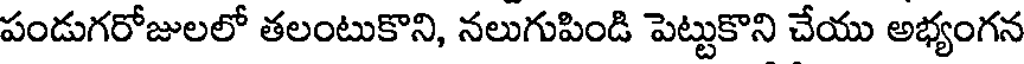
పండుగరోజులలో తలంటుకొని, నలుగుపిండి పెట్టుకొని చేయు అభ్యంగన